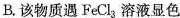
B.该物质遇FeCI_{3}溶液显色